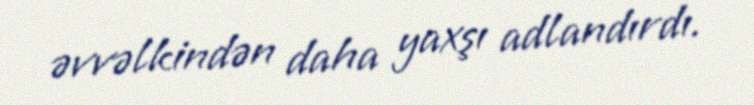
əvvəlkindən daha yaxşı adlandırdı.